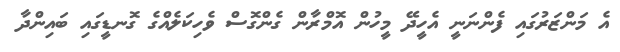
އެ މަންޒަރުގައި ފެންނަނީ އެހީދޭ މީހުން އޮމްރާން ގެންގޮސް ވެހިކަލެއްގެ ގޮނޑީގައި ބައިންދާ